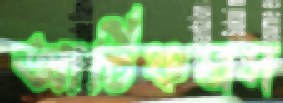
আর্টিকলস